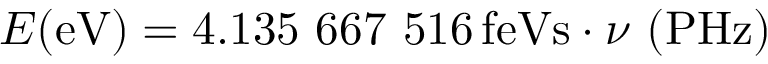
E { \mathrm { ( e V ) } } = 4 . 1 3 5 \ 6 6 7 \ 5 1 6 \, { \mathrm { f e V s } } \cdot \nu \ { \mathrm { ( P H z ) } }